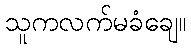
သူကလက်မခံချေ။